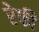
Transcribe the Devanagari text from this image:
रेफी